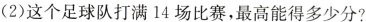
(2)这个足球队打满14场比赛，最高能得多少分?